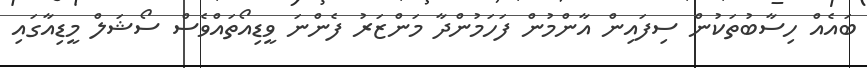
ބައެއް ހިސާބުތަކުން ސިފައިން އާންމުން ފަހަމުންދާ މަންޒަރު ފެންނަ ވީޑިއޯތައްވެސް ސޯޝަލް މީޑިއާގައި